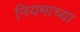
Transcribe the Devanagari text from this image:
नियमाच्या